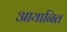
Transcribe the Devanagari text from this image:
आयानित